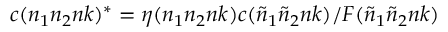
c ( n _ { 1 } n _ { 2 } n k ) ^ { * } = \eta ( n _ { 1 } n _ { 2 } n k ) c ( { \tilde { n } } _ { 1 } { \tilde { n } } _ { 2 } n k ) / F ( { \tilde { n } } _ { 1 } { \tilde { n } } _ { 2 } n k )